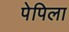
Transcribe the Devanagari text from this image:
पेपिला